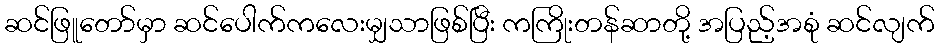
ဆင်ဖြူတော်မှာ ဆင်ပေါက်ကလေးမျှသာဖြစ်ပြီး ကကြိုးတန်ဆာတို့ အပြည့်အစုံ ဆင်လျက်